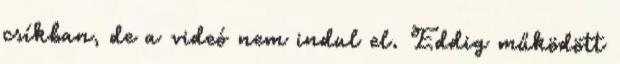
csíkban, de a videó nem indul el. Eddig működött